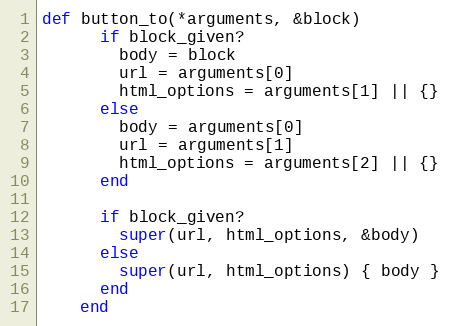
Language: Ruby
def button_to(*arguments, &block)
      if block_given?
        body = block
        url = arguments[0]
        html_options = arguments[1] || {}
      else
        body = arguments[0]
        url = arguments[1]
        html_options = arguments[2] || {}
      end

      if block_given?
        super(url, html_options, &body)
      else
        super(url, html_options) { body }
      end
    end